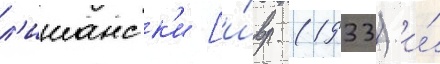
л'ишанск'и [и́вр. (1933) и́